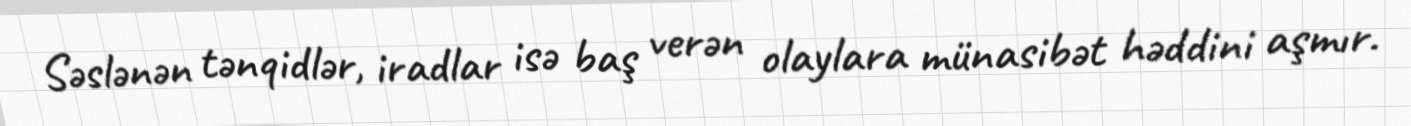
Səslənən tənqidlər, iradlar isə baş verən olaylara münasibət həddini aşmır.